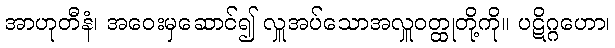
အာဟုတီနံ၊ အဝေးမှဆောင်၍ လှူအပ်သောအလှူဝတ္ထုတို့ကို။ ပဋိဂ္ဂဟော၊